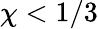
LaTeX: \chi<1/3